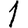
Digit: 1